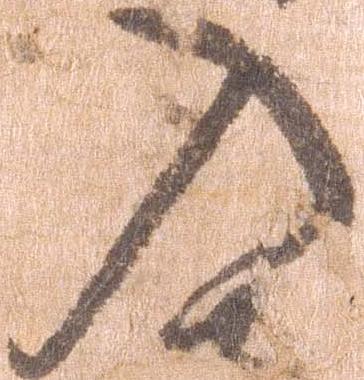
入